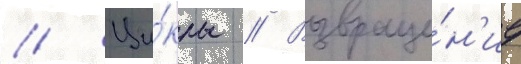
// Ци́клы // Возвраще́н'ие